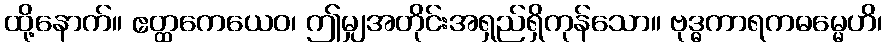
ထို့နောက်။ ဧတ္ထကေယေဝ၊ ဤမျှအတိုင်းအရှည်ရှိကုန်သော။ ဗုဒ္ဓကာရကဓမ္မေဟိ၊